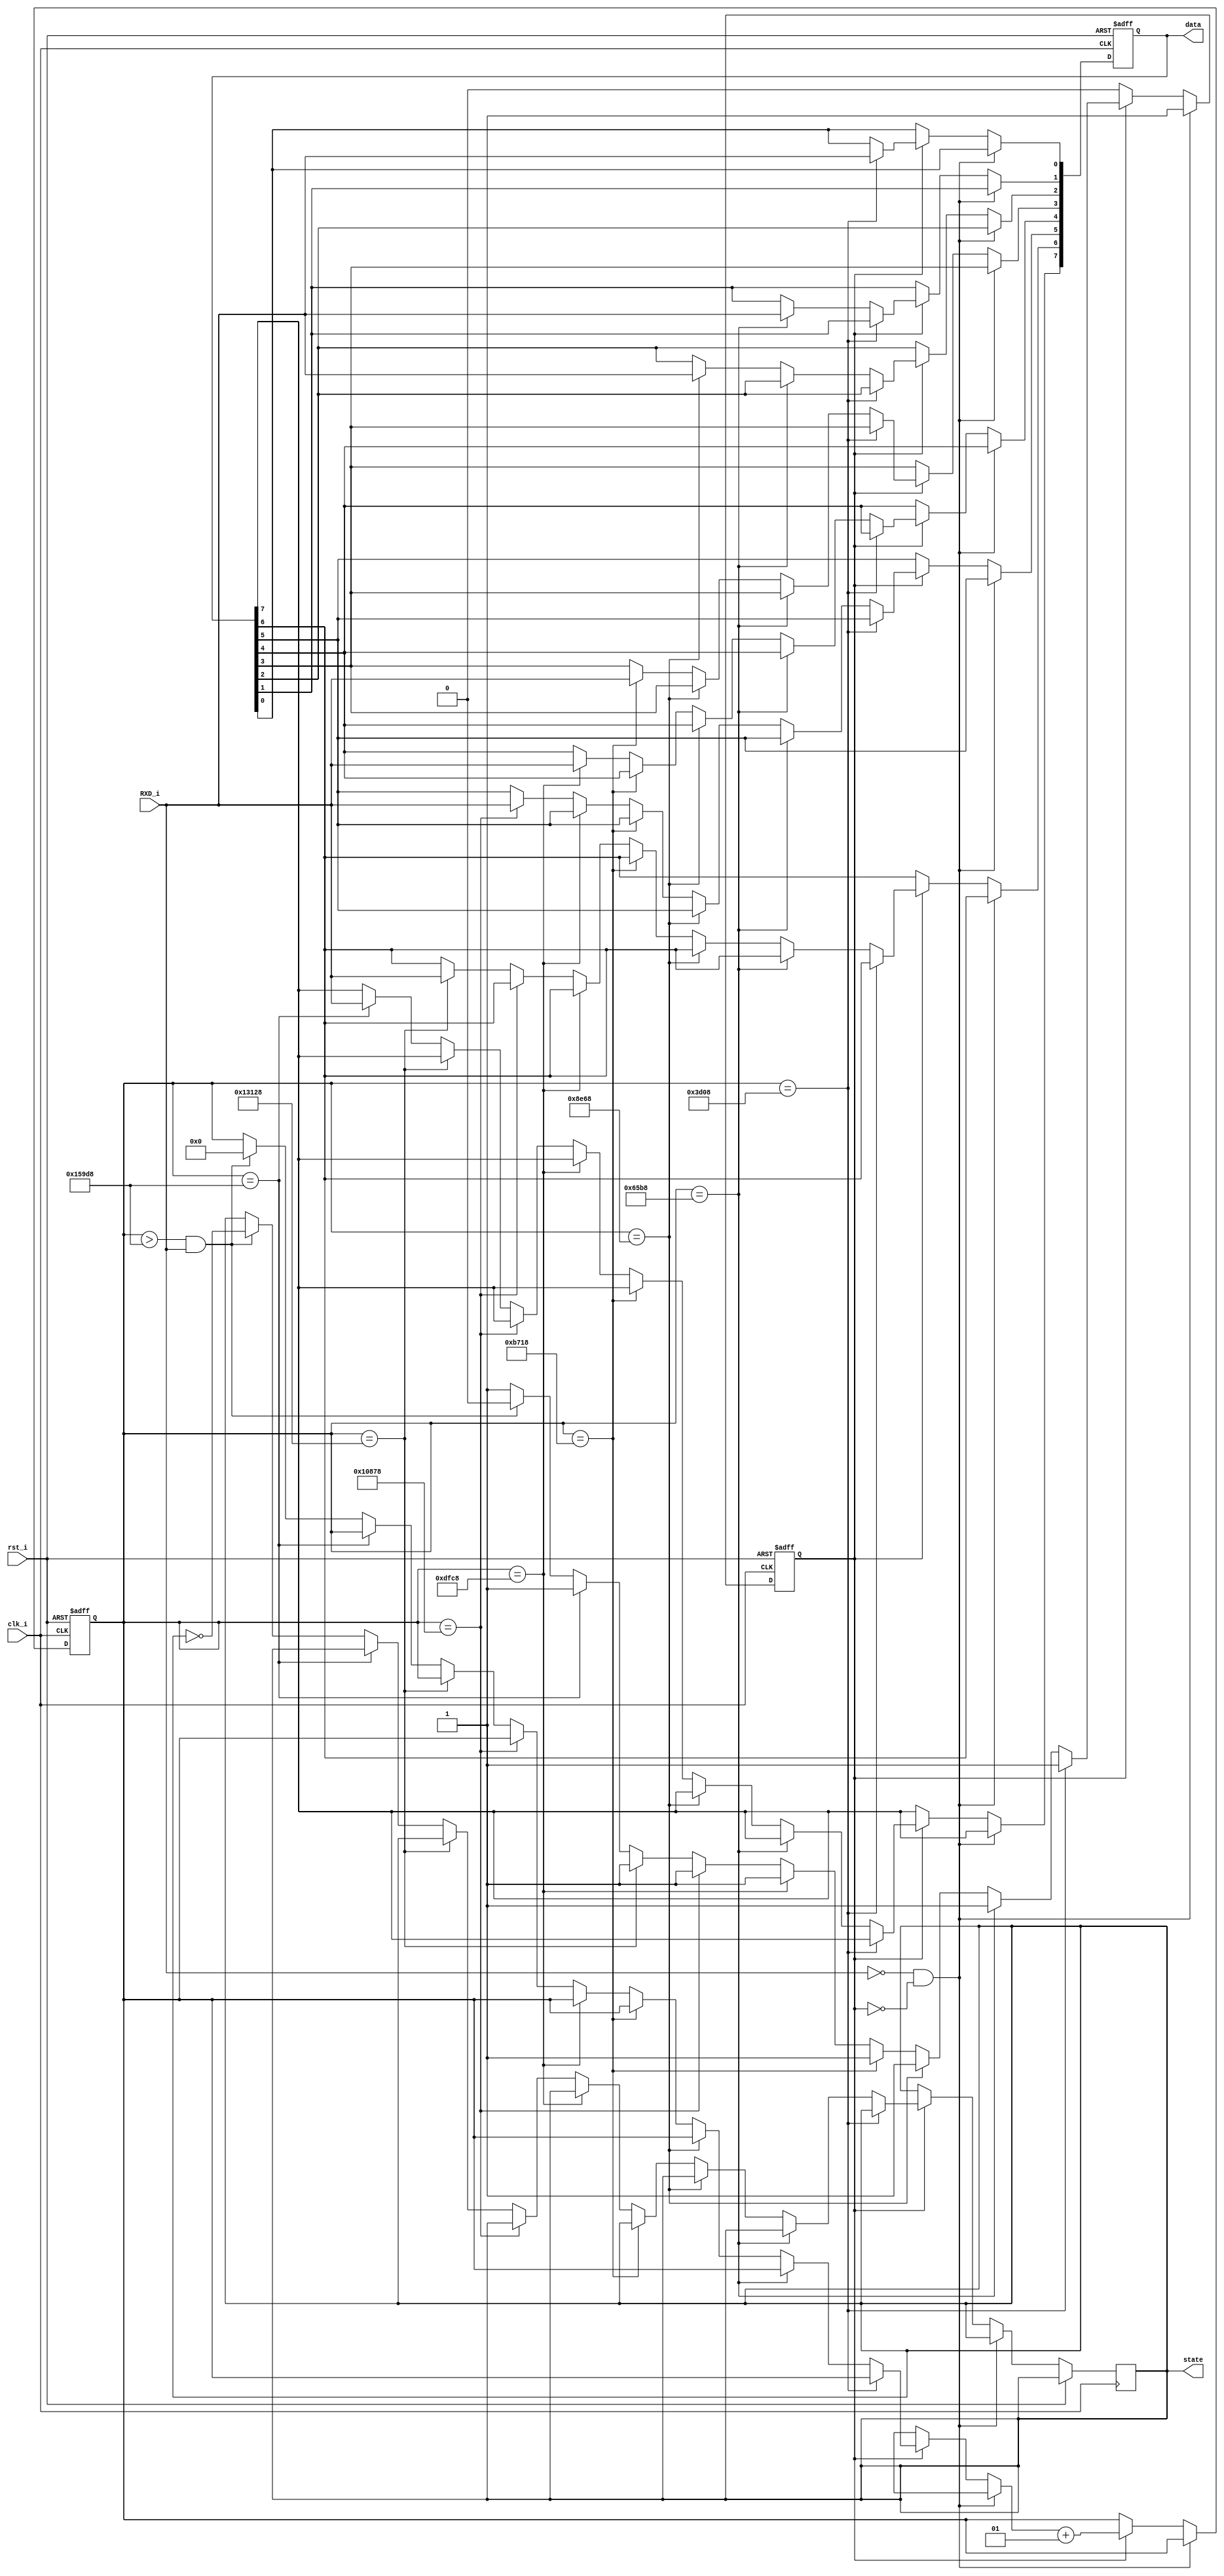
`timescale 1ns / 1ps

module Receiver(
    input clk_i,
    input rst_i,
    input RXD_i,
    output [7:0] data,
    output state
    );

    reg [7:0] data_buff;
    reg state_buff = 0;
    reg transmission = 0;

    parameter baud = 9600;
    
    integer cycle_time = 100000000/baud;
    integer counter = 0;
    
    always @(posedge clk_i or posedge rst_i)
        begin
            if(rst_i) 
                begin
                    counter = 0;
                    data_buff = 8'b00000000;
                    transmission = 0;
                end
            else 
                begin
                    if(RXD_i == 0 && transmission == 0)
                        transmission = 1;  
                    else if(transmission == 1)
                        begin
                            if(counter == cycle_time*3/2)
                                data_buff[0] <= RXD_i;
                            else if (counter == cycle_time*5/2)
                                data_buff[1] <= RXD_i;
                            else if (counter == cycle_time*7/2)
                                data_buff[2] <= RXD_i;
                            else if (counter == cycle_time*9/2)
                                data_buff[3] <= RXD_i;
                            else if (counter == cycle_time*11/2)
                                data_buff[4] <= RXD_i;
                            else if (counter == cycle_time*13/2)
                                data_buff[5] <= RXD_i;
                            else if (counter == cycle_time*15/2)
                                data_buff[6] <= RXD_i;
                            else if (counter == cycle_time*17/2)
                                data_buff[7] <= RXD_i;            
                            else if (counter > cycle_time*17/2 && RXD_i == 1)
                                begin
                                    state_buff <= !state_buff;
                                    counter = 0;
                                    transmission = 0;
                                end
                            counter = counter + 1;
                        end
                end
        end
    assign data = data_buff;
    assign state = state_buff;
endmodule